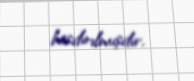
basdırılmışdır.